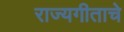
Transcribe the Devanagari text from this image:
राज्यगीताचे